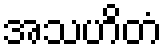
အသဟိတံ